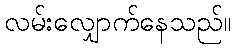
လမ်းလျှောက်နေသည်။